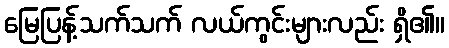
မြေပြန့်သက်သက် လယ်ကွင်းများလည်း ရှိ၏။